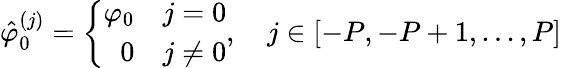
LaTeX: \hat{\varphi}_{0}^{(j)}=\left\{ \begin{array}{rl}{\varphi_{0}}&{j=0}\\ {0}&{j\neq 0}\end{array},\quad j\in[-P,-P+1,...,P]\right.